Scottish Leaving Certificate Examination, 1960
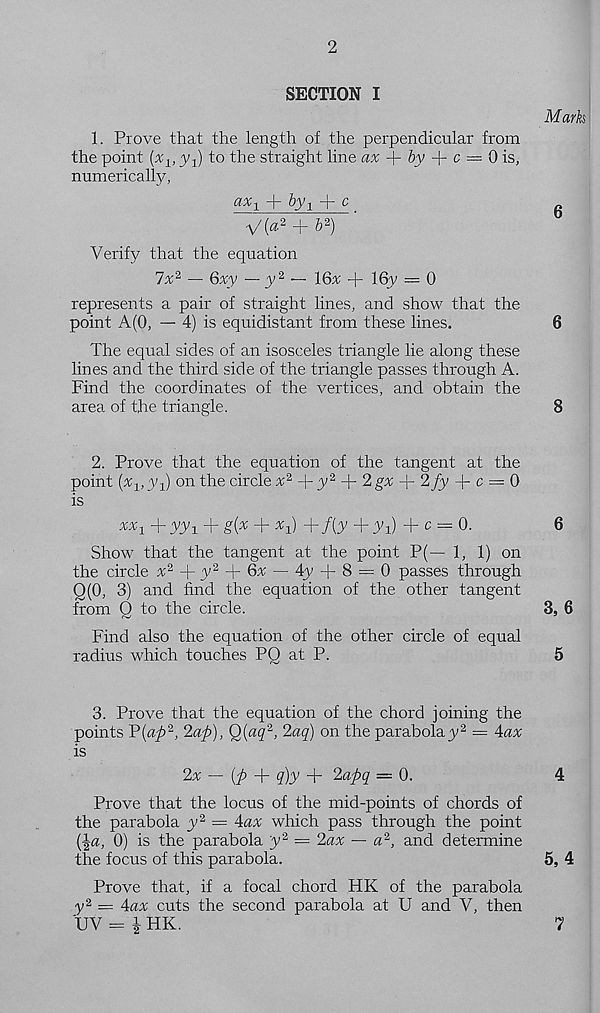
2
SECTION I
1. Prove that the length of the perpendicular from
the point (x v y^) to the straight line ax
by -{- c — 0 is,
numerically,
+ byy + c
V(« 2 + & 2 )
Verify that the equation
7% 2 — 6xy •— y 2 — 16% + 16y = 0
represents a pair of straight lines, and show that the
point A(0, — 4) is equidistant from these lines.
The equal sides of an isosceles triangle lie along these
lines and the third side of the triangle passes through A.
Find the coordinates of the vertices, and obtain the
area of the triangle.
Marks
6
6
8
2. Prove that the equation of the tangent at the
point (%, y-l) on the circle % 2 +y 2 + 2g%-|-2yy-|-c = 0
is
xx 1 +yy 1 + g{x + x 1 )+f(y+y 1 ) + c = 0.
6
Show that the tangent at the point P(— 1, 1) on
the circle % 2 -l-y 2 + 6% — 4y + 8 = 0 passes through
Q(0, 3) and find the equation of the other tangent
from Q to the circle.
3, 6
Find also the equation of the other circle of equal
radius which touches PQ at P.
5
3. Prove that the equation of the chord joining the
points P(^2, ‘Zap), Q,(aq 2 , 2aq) on the parabolay 2 = 4ax
is
2x — (p
q)y + 2apq = 0.
4
Prove that the locus of the mid-points of chords of
the parabola y 2 = Aax which pass through the point
(\a, 0) is the parabola y 2 = 2ax — a 2 , and determine
the focus of this parabola.
5, 4
Prove that, if a focal chord HK of the parabola
y 2 = Aax cuts the second parabola at U and V, then
UV = i HK.
7